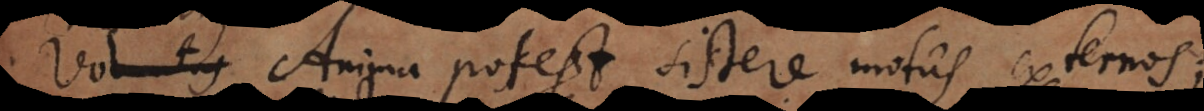
+) Anima potest sistere motus externos;